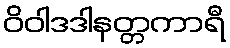
ဝိဝါဒဒါနတ္တကာရီ